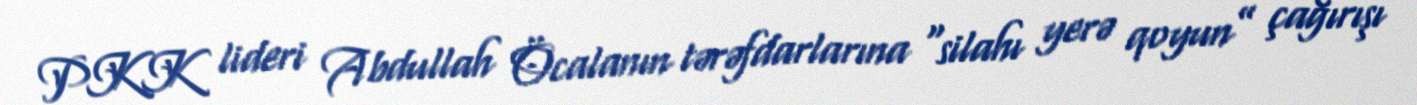
PKK lideri Abdullah Öcalanın tərəfdarlarına “silahı yerə qoyun” çağırışı